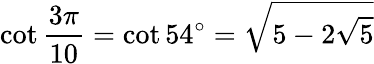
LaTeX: \cot{\frac{3\pi}{10}}=\cot 54^{\circ}={\sqrt{5-2{\sqrt{5}}}}